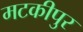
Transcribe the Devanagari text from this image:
मटकीपुर